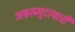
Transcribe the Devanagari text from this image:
अश्वसमुदायाची